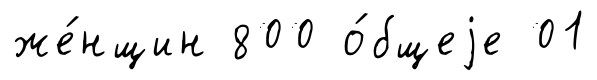
же́нщин 800 о́бщеjе 01